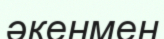
әкеңмен